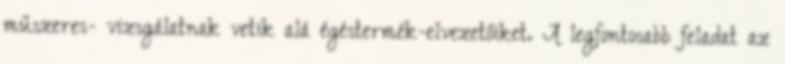
műszeres- vizsgálatnak vetik alá égéstermék-elvezetőiket. A legfontosabb feladat az